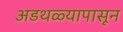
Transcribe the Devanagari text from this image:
अडथळ्यापासून